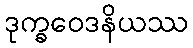
ဒုက္ခဝေဒနိယဿ